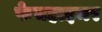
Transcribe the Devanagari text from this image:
फेचहाइमर